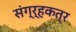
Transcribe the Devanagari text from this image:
संग्र्हकत्र